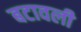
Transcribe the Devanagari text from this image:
बटावली